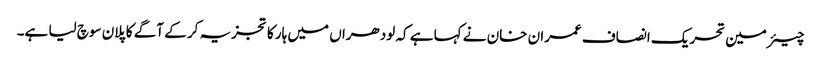
چیئرمین تحریک انصاف عمران خان نے کہا ہے کہ لودھراں میں ہار کا تجزیہ کر کے آگے کا پلان سوچ لیا ہے۔